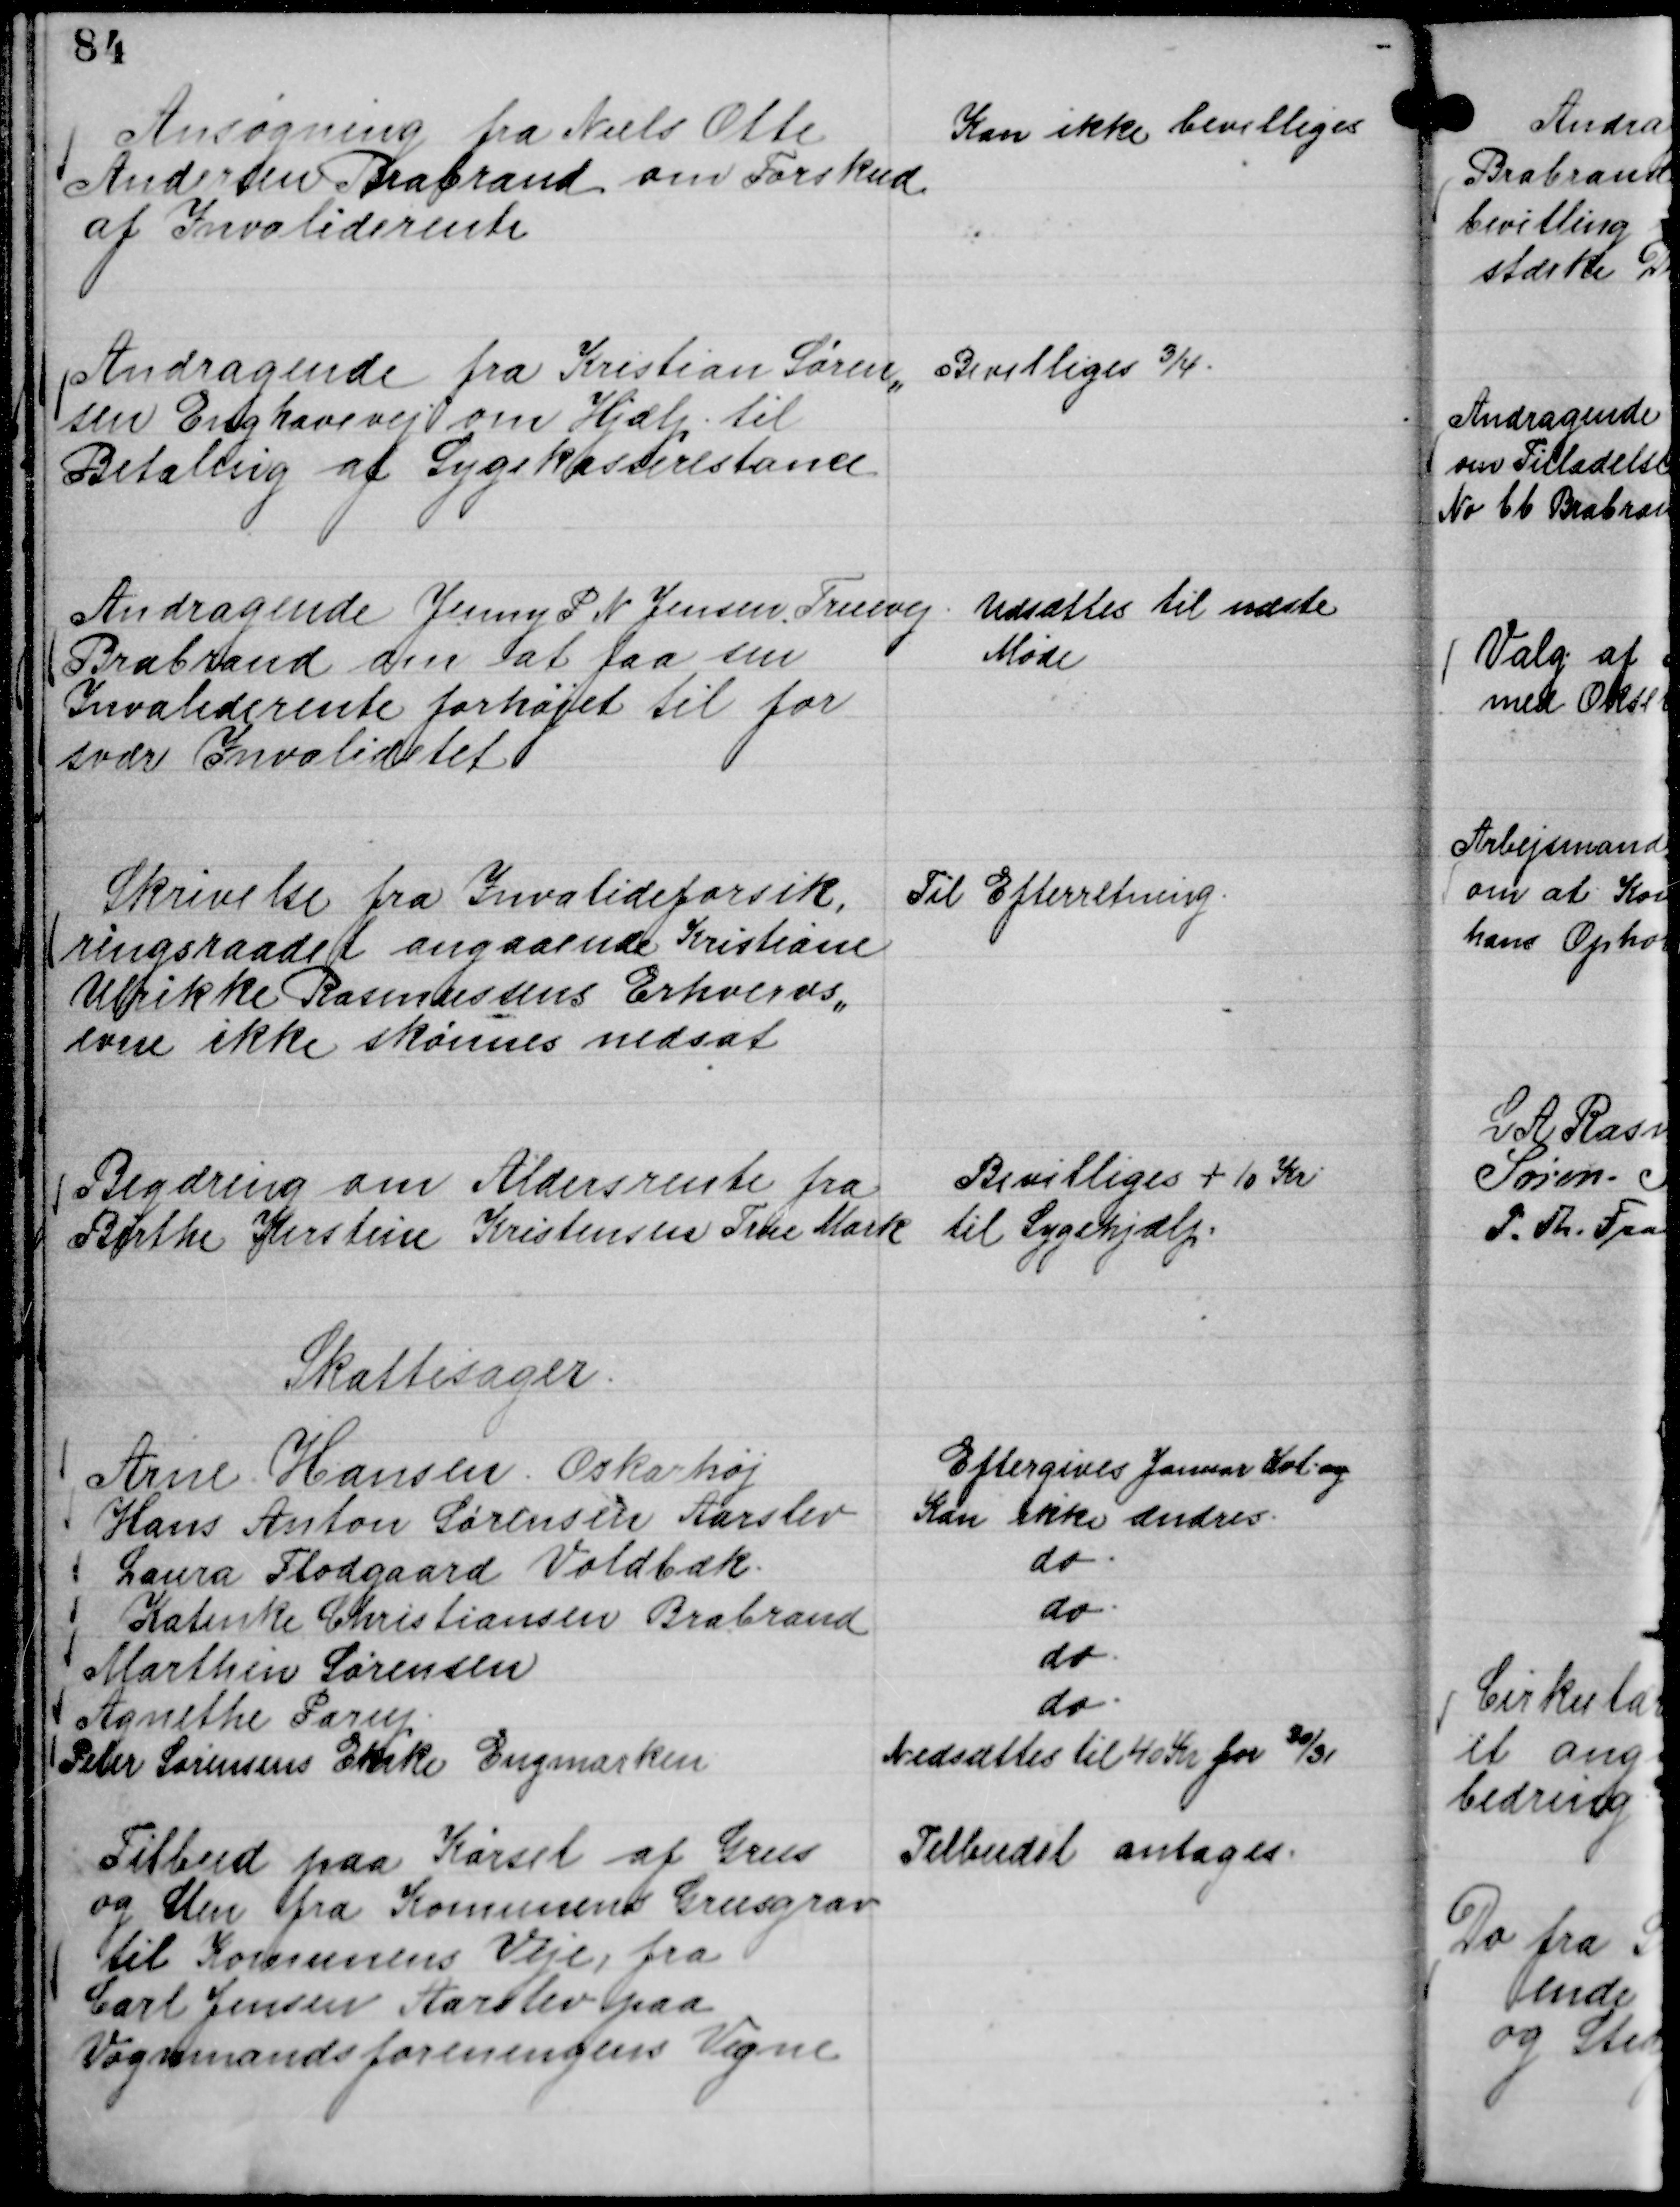
Transskription:
Ansøgning fra Niels Otte
Andersen Brabrand om Forskud
af Invaliderente

Kan ikke bevilliges

Andragende fra Kristian Søren,,
sen Enghavevej om Hjælp til
Betaling af Sygekasserestance

Bevilliges ¾.

Andragende Jenny P N Jensen, Truevej
Brabrand om at faa sin
Invaliderente forhøjet til for
svær Invaliditet

Udsættes til næste
Møde

Skrivelse fra Invalideforsik,
ringsraadet angaaende Kristiane
Ulrikke Rasmussens Erhvervs,,
evne ikke skønnes nedsat

Til Efterretning.

Begæring om Aldersrente fra
Bithe Kirstine Kristensen True Mark

Bevilliges + 10 Kr
til Sygehjælp.

Skattesager.
Arne Hansen Oskarhøj
Eftergives Januar Kvt. og
Hans Anton Sørensen Aarslev
Kan ikke ændres.
Laura Flodgaard Voldbæk.
do.
Katenke Christiansen Brabrand
do.
Marthin Sørensen
do.
Agnethe Parup.
do.
Peter Sørensens Enke Engmarken
Nedsættes til 40 Kr for

30/31

Tilbud paa Kørsel af Grus
og Sten fra Komunens Grusgrav
til Komunens Veje, fra
Carl Jensen Aarslev paa
Vognmandsforeningens Vegne

Tilbudet antages.